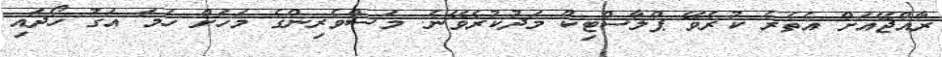
ރާއްޖޭއަށް އެތެރެ ކުރެވޭ ޕްލާސްޓިކް މަދުކުރެވޭނެ. މަސްވެރިންގެ މަހަށް ހަމަ އަގު ހޯދައި